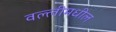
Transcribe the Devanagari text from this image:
वल्लीमधील